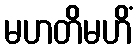
မဟတိမဟိံ